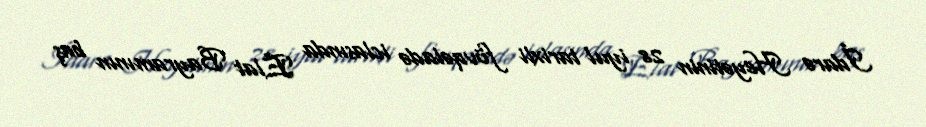
İdarə Heyətinin 28 iyul tarixli fövqəladə iclasında Elat Bayramının baş